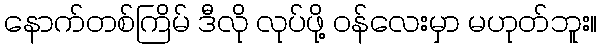
နောက်တစ်ကြိမ် ဒီလို လုပ်ဖို့ ဝန်လေးမှာ မဟုတ်ဘူး။